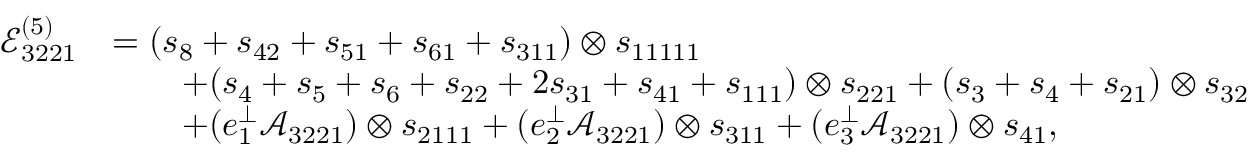
\begin{array} { r l } { \mathcal { E } _ { 3 2 2 1 } ^ { ( 5 ) } } & { = ( s _ { 8 } + s _ { 4 2 } + s _ { 5 1 } + s _ { 6 1 } + s _ { 3 1 1 } ) \otimes s _ { 1 1 1 1 1 } } \\ & { \qquad + ( s _ { 4 } + s _ { 5 } + s _ { 6 } + s _ { 2 2 } + 2 s _ { 3 1 } + s _ { 4 1 } + s _ { 1 1 1 } ) \otimes s _ { 2 2 1 } + ( s _ { 3 } + s _ { 4 } + s _ { 2 1 } ) \otimes s _ { 3 2 } } \\ & { \qquad + ( e _ { 1 } ^ { \perp } \mathcal { A } _ { 3 2 2 1 } ) \otimes s _ { 2 1 1 1 } + ( e _ { 2 } ^ { \perp } \mathcal { A } _ { 3 2 2 1 } ) \otimes s _ { 3 1 1 } + ( e _ { 3 } ^ { \perp } \mathcal { A } _ { 3 2 2 1 } ) \otimes s _ { 4 1 } , } \end{array}